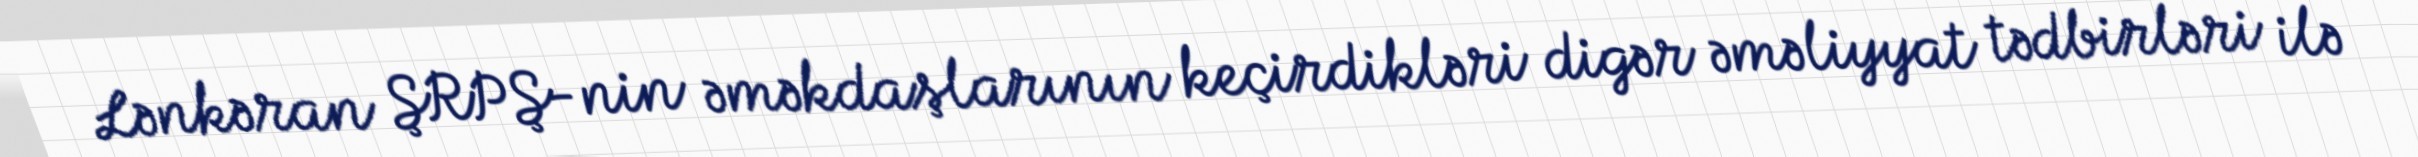
Lənkəran ŞRPŞ-nin əməkdaşlarının keçirdikləri digər əməliyyat tədbirləri ilə